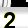
Digit: 2